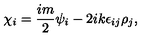
\chi _ { i } = \frac { i m } { 2 } \psi _ { i } - 2 i k \epsilon _ { i j } \rho _ { j } ,